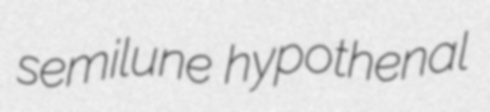
semilune hypothenal